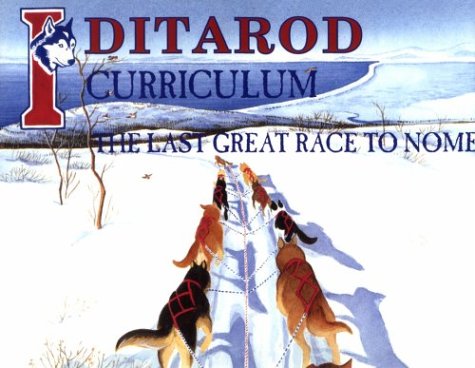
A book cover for Iditarod: The Last Great Race to Nome:Curriculum Guide (The Last Wilderness Adventure Series); Shelley Gill; Sports & Outdoors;